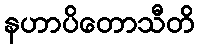
နဟာပိတောသီတိ